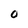
Character: O